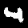
Label: 4